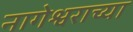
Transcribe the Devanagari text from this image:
नागेश्वराच्या